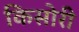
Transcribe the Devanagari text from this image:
किसोरी